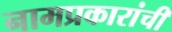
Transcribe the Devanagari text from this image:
नामप्रकारांची